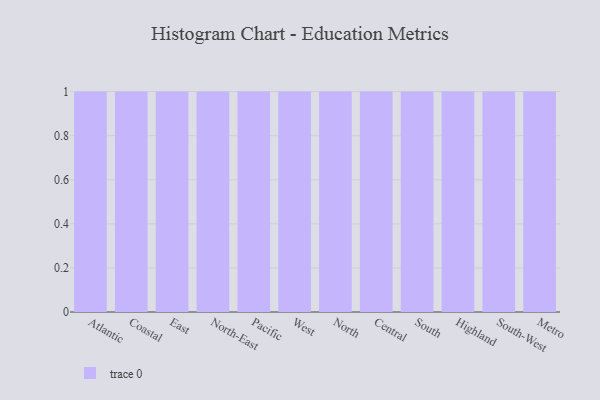
{"axis": {"x": "Region", "y": "Conversion Rate (%)"}, "legend": [""], "data": [{"x": "Atlantic", "y": 71, "type": ""}, {"x": "Coastal", "y": 40, "type": ""}, {"x": "East", "y": 75, "type": ""}, {"x": "North-East", "y": 94, "type": ""}, {"x": "Pacific", "y": 21, "type": ""}, {"x": "West", "y": 78, "type": ""}, {"x": "North", "y": 41, "type": ""}, {"x": "Central", "y": 6, "type": ""}, {"x": "South", "y": 65, "type": ""}, {"x": "Highland", "y": 15, "type": ""}, {"x": "South-West", "y": 2, "type": ""}, {"x": "Metro", "y": 76, "type": ""}]}